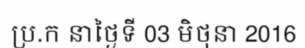
ប្រ.ក នាថ្ងៃទី 03 មិថុនា 2016